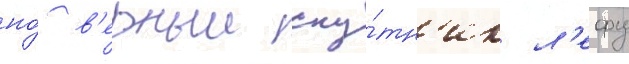
но́ в'ерныи спу́тн'ик л'ефу